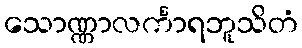
သောဏ္ဏာလင်္ကာရဘူသိတံ